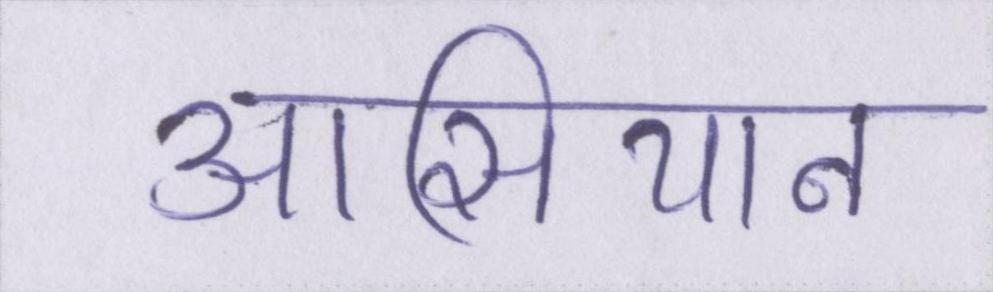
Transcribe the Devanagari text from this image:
आसियान